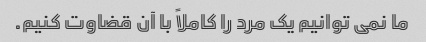
ما نمی توانیم یک مرد را کاملاً با آن قضاوت کنیم.